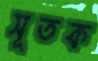
সূতক